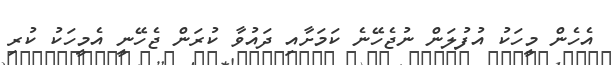
އެހެން މީހަކު އުފުލަން ނުޖެހޭނެ ކަމަށާއި ދައުވާ ކުރަން ޖެހޭނީ އެމީހަކު ކުރި